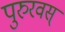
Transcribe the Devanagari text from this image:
पुरुरवस्‌